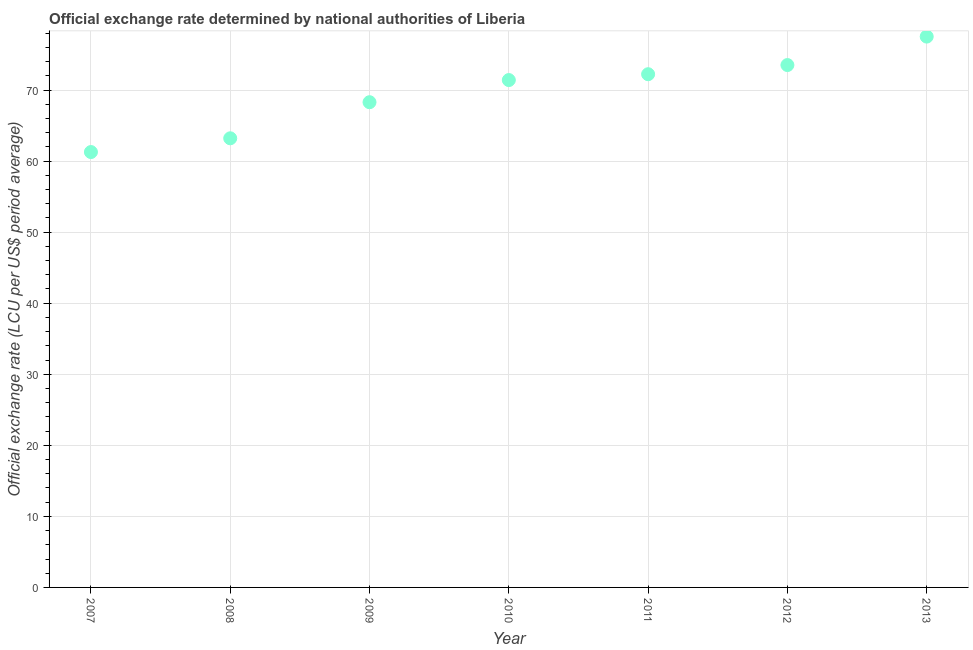
| Year | Official exchange rate |
 | --- | --- |
 | 2007 | 61.3 |
 | 2008 | 63.2 |
 | 2009 | 68.3 |
 | 2010 | 71.4 |
 | 2011 | 72.2 |
 | 2012 | 73.5 |
 | 2013 | 77.5 |